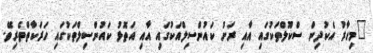
"މިހާރު އެކުދިން ސްކޫލްތަކުގައި އާއި ރަށު ކައުންސިލްއަކުގައި އާއި އަތޮޅު ކައުންސިލްތަކުގައި ހަރަކާތްތެރިވޭ.